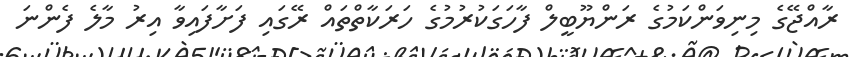
ރާއްޖޭގެ މިނިވަންކަމުގެ ރަންޔޫބީލް ފާހަގަކުރުމުގެ ހަރަކާތްތައް ރޭގައި ފަށާފައިވާ އިރު މާލެ ފެންނަ